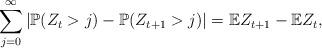
LaTeX: \begin{align*}\sum_{j=0}^\infty\left|\mathbb{P}(Z_t>j)-\mathbb{P}(Z_{t+1}>j)\right|=\mathbb{E}Z_{t+1}-\mathbb{E}Z_t,\end{align*}